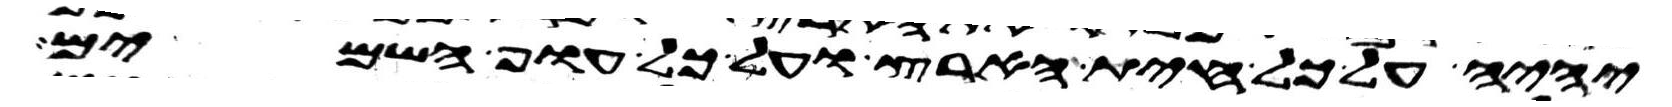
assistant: יהיה על כל חית הארץ ועל כל עוף השמים